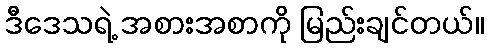
ဒီဒေသရဲ့ အစားအစာကို မြည်းချင်တယ်။